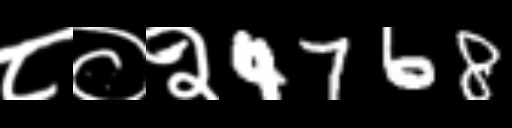
Text: ८०२4768